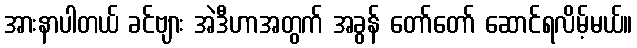
အားနာပါတယ် ခင်ဗျား အဲဒီဟာအတွက် အခွန် တော်တော် ဆောင်ရလိမ့်မယ်။